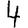
Digit: 4